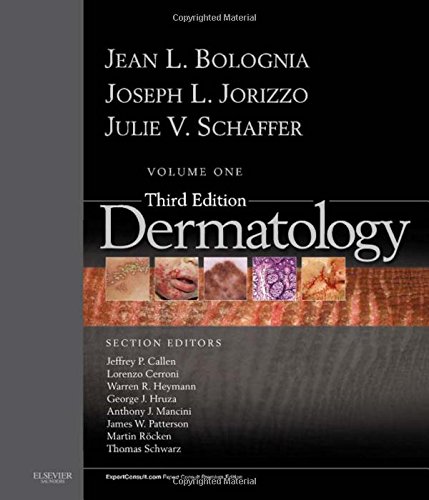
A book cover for Dermatology: 2-Volume Set: Expert Consult Premium Edition - Enhanced Online Features and Print, 3e (Bolognia, Dermatology); Jean L. Bolognia MD; Test Preparation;